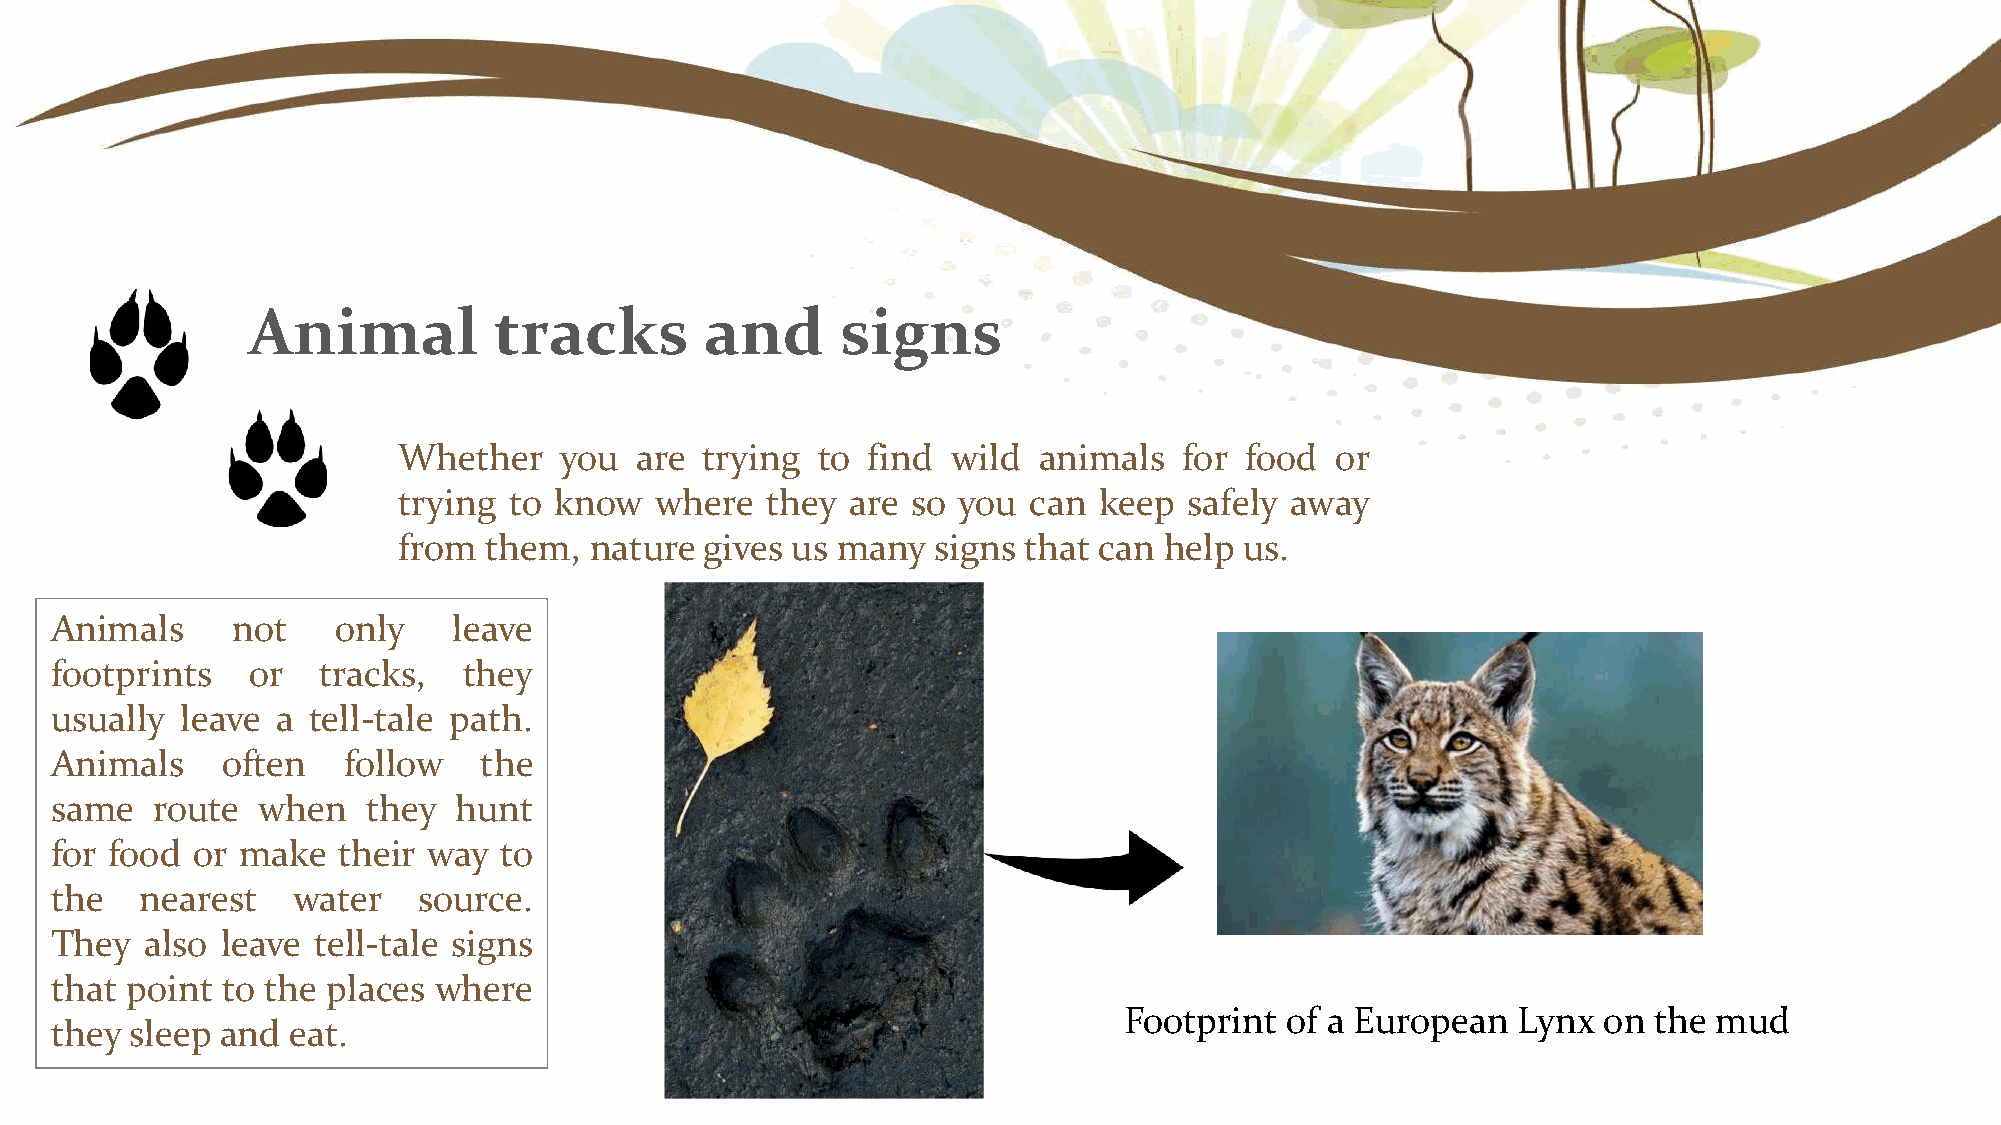
Animal           tracks        and      signs
 Whether    you  are trying  to find  wild  animals  for food  or
 trying  to know  where   they are so you  can  keep  safely away
 from  them,  nature  gives us many  signs that can help us.
 Animals     not    only    leave
 footprints   or   tracks,   they
 usually  leave a tell-tale path.
 Animals     often   follow   the
 same   route  when   they  hunt
 for food  or make  their way  to
 the   nearest   water    source.
 They   also leave tell-tale signs
 that point  to the places where
 Footprint  of a European  Lynx  on the  mud
 they  sleep and eat.